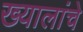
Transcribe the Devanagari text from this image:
ख्यालांचे